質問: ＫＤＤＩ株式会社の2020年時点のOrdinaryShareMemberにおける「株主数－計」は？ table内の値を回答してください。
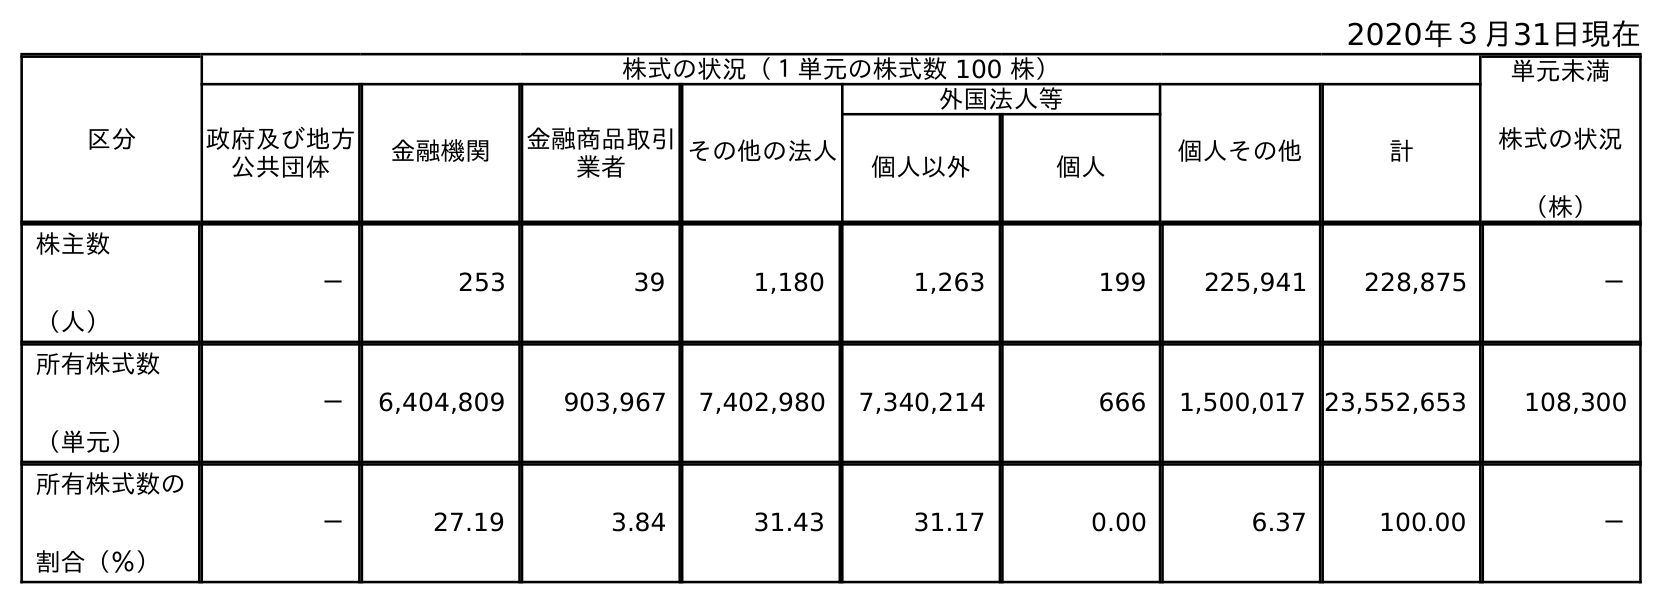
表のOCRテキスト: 2020年３月31日現在 区分 株式の状況（１単元の株式数 100 株） 単元未満 株式の状況 （株） 政府及び地方 公共団体 金融機関 金融商品取引 業者 その他の法人 外国法人等 個人その他 計 個人以外 個人 株主数 （人） － 253 39 1,180 1,263 199 225,941 228,875 － 所有株式数 （単元） － 6,404,809 903,967 7,402,980 7,340,214 666 1,500,017 23,552,653 108,300 所有株式数の 割合（％） － 27.19 3.84 31.43 31.17 0.00 6.37 100.00 －
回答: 228,875